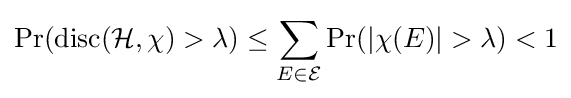
\Pr(\operatorname {disc} ({\mathcal {H}},\chi )>\lambda )\leq \sum _{E\in {\mathcal {E}}}\Pr(|\chi (E)|>\lambda )<1